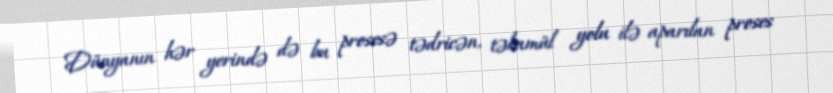
Dünyanın hər yerində də bu prosesə tədricən, təkamül yolu ilə aparılan proses